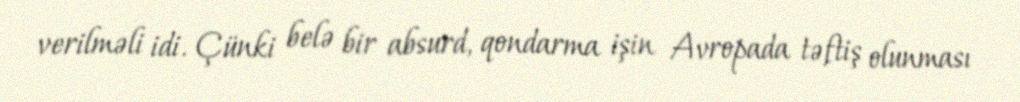
verilməli idi. Çünki belə bir absurd, qondarma işin Avropada təftiş olunması